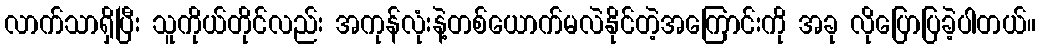
လာက်သာရှိပြီး သူကိုယ်တိုင်လည်း အကုန်လုံးနဲ့တစ်ယောက်မလဲနိုင်တဲ့အကြောင်းကို အခု လိုပြောပြခဲ့ပါတယ်။